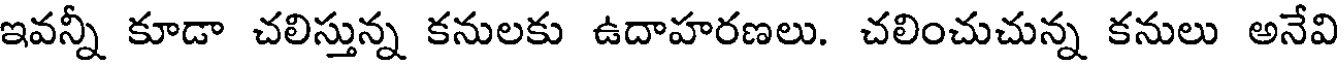
ఇవన్నీ కూడా చలిస్తున్న కనులకు ఉదాహరణలు. చలించుచున్న కనులు అనేవి